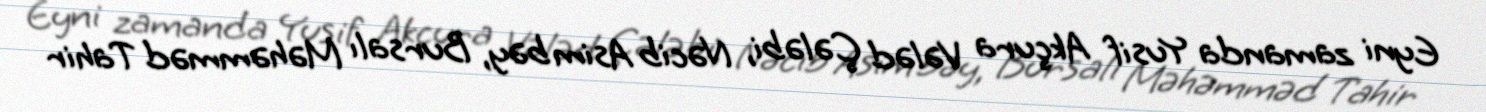
Eyni zamanda Yusif Akçura Vələd Çələbi, Nəcib Asim bəy, Bursalı Məhəmməd Tahir